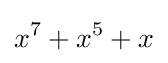
x^{7}+x^{5}+x